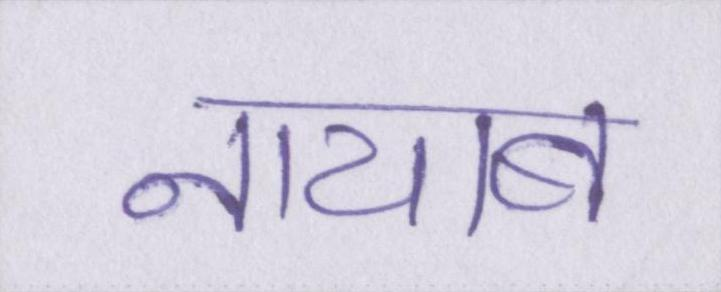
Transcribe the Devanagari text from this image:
नायाब